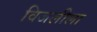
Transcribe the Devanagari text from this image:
विजलीला